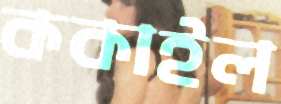
ককাইল